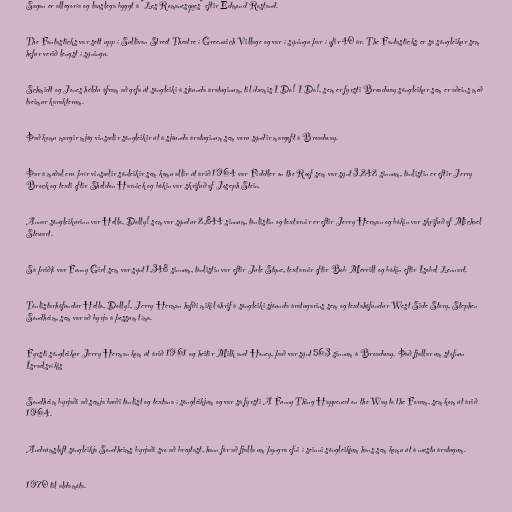
Sagan er allegoría og lauslega byggt á "Les Romanesques" eftir Edmond Rostand.

The Fantasticks var sett upp í Sullivan Street Theatre í Greenwich Village og var í sýningu þar í yfir 40 ár. The Fantasticks er sá söngleikur sem
hefur verið lengst í sýningu.

Schmidt og Jones héldu áfram að gefa út söngleiki á sjöunda áratuginum, til dæmis I Do! I Do!, sem er fyrsti Broadway söngleikur sem er aðeins með
tveimur karakterum.

Það komu margir mjög vinsælir söngleikir út á sjöunda áratuginum sem voru sýndir margoft á Broadway.

Þar á meðal eru þrír vinsælir sönleikir sem komu allir út árið 1964 var Fiddler on the Roof sem var sýnt 3,242 sinnum, tónlistin er eftir Jerry
Brock og texti eftir Sheldon Harnick og bókin var skrifuð af Joseph Stein.

Annar söngleikurinn var Hello, Dolly! sem var sýndur 2,844 sinnum, tónlistin og textarnir er eftir Jerry Herman og bókin var skrifuð af Michael
Stewart.

Sá þriðji var Funny Girl sem var sýnt 1,348 sinnum, tónlistin var eftir Jule Styne, textarnir eftir Bob Merrill og bókin eftir Isobel Lennart.

Tónlistarhöfundur Hello, Dolly!, Jerry Herman hafði mikil áhrif á söngleiki sjöunda áratugarins sem og textahöfundur West Side Story, Stephen
Sondheim, sem var að byrja á þessum tíma.

Fyrsti söngleikur Jerry Herman kom út árið 1961 og heitir Milk and Honey, það var sýnt 563 sinnum á Broadway. Það fjallar um stofnun
Ísraelsríkis

Sondheim byrjaði að semja bæði tónlist og textana í söngleikjum og var sá fyrsti A Funny Thing Happened on the Way to the Forum, sem kom út árið
1964.

Andrúmsloft söngleikja Sondheims byrjaði svo að breytast, hann fór að fjalla um þyngra efni í seinni söngleikjum hans sem komu út á næstu áratugum.

1970 til aldamóta.